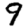
Digit: 9